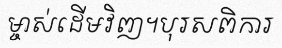
ម្ចាស់ដើមវិញ។បុរសពិការ